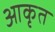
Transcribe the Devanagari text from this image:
आकृत